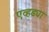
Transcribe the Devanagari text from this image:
एव्हड्या